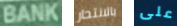
BANK بالانتحار على